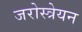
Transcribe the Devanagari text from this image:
जरोस्त्रेयन